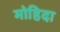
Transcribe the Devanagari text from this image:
मोहिदा